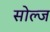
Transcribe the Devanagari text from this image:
सोल्ज